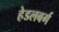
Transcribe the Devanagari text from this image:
हेडलबर्ग